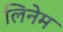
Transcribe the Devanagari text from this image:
लिनेम